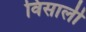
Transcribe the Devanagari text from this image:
विसाली